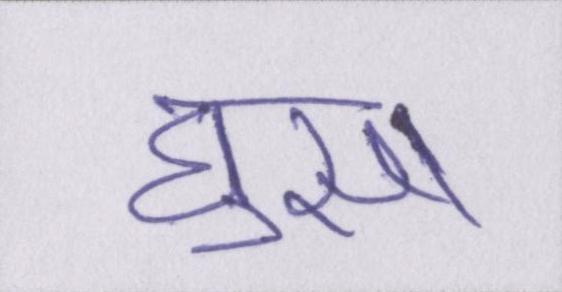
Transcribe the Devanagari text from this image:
घुसा